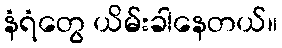
နံရံတွေ ယိမ်းခါနေတယ်။